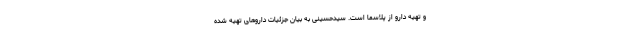
و تهیه دارو از پلاسما است. سیدحسینی به بیان جزئیات داروهای تهیه شده